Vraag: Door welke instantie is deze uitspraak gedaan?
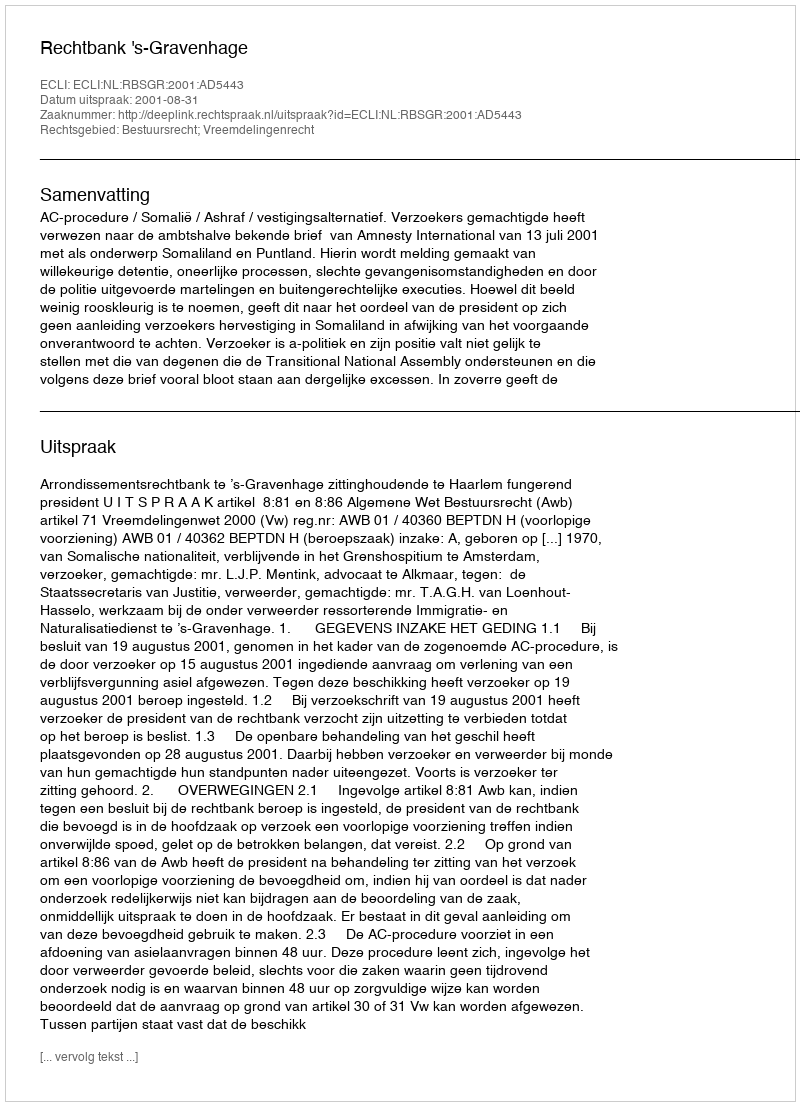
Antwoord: Rechtbank 's-Gravenhage